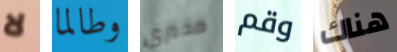
لا وطالما مخبري وقم هناك